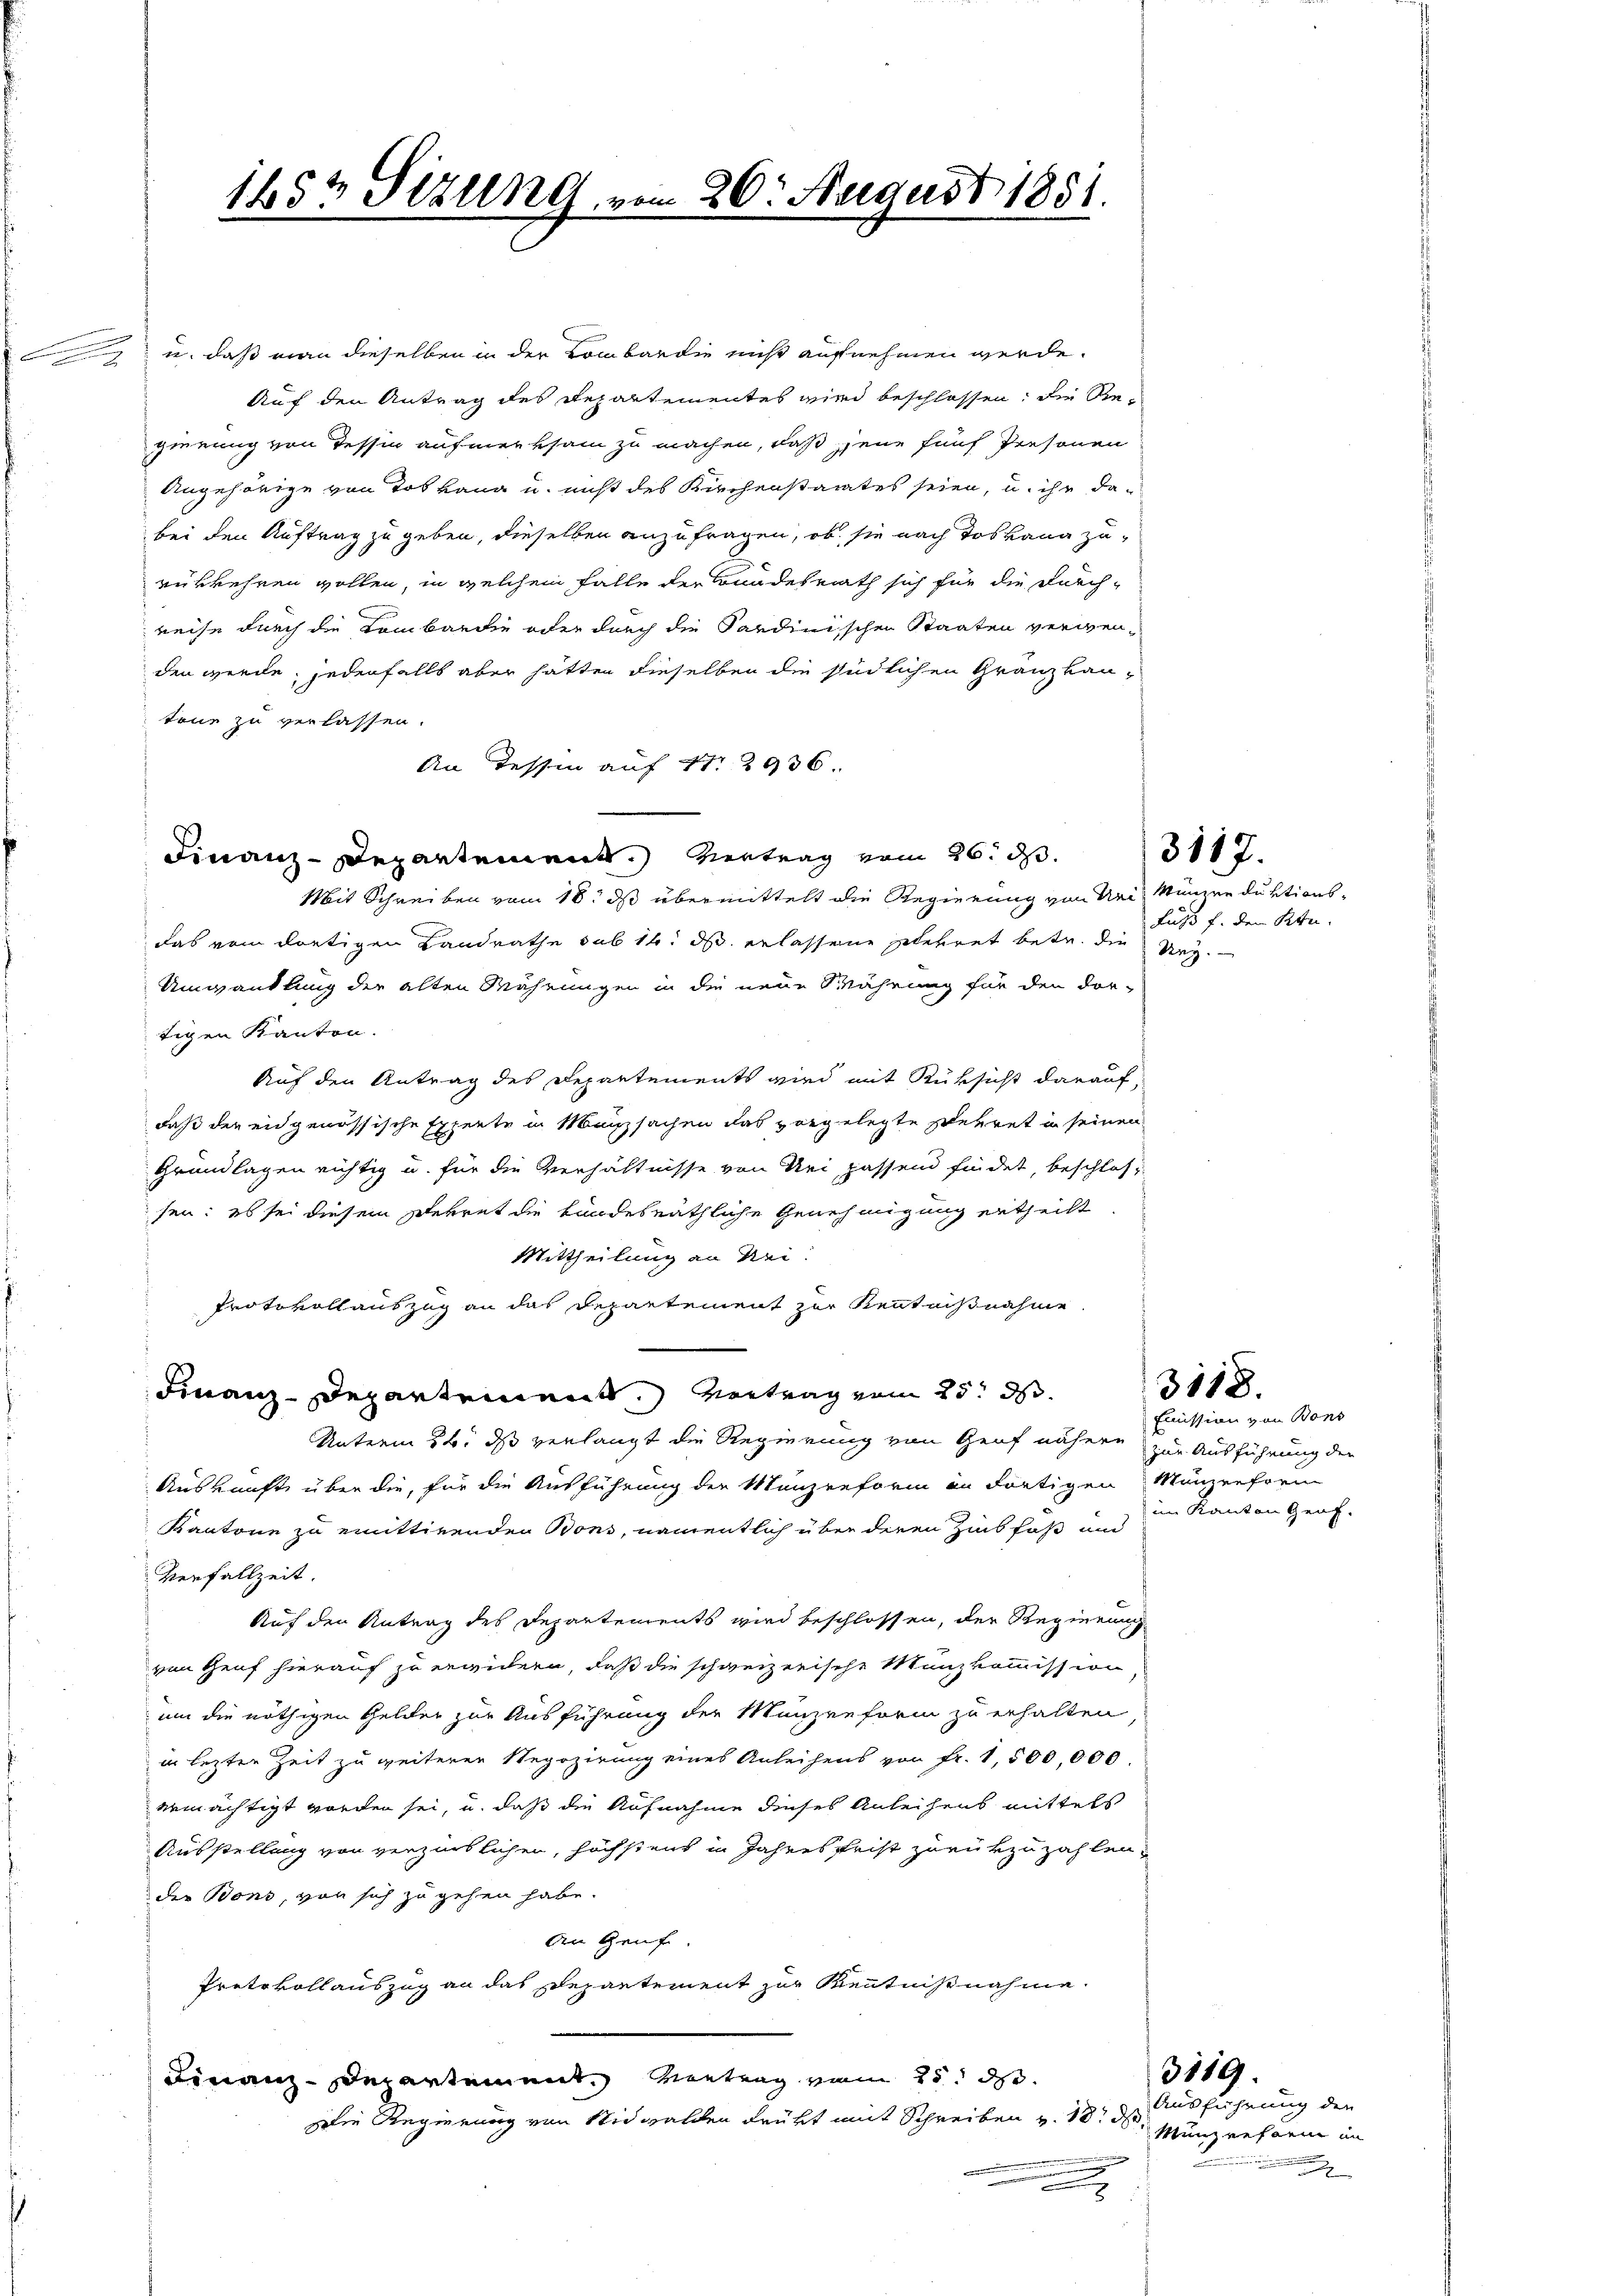
.

u. daß man dieselben in der Lombardie nicht aufnehmen werde.
Auf den Antrag des Repartementes wird beschlossen, die Regierung von Tessin aufmerksam zu machen, daß jene fünf Personen
Angehörige von Tob Lana u. nicht des Kirchenstaates seien, u. ihr dabei den Auftrag zu geben, dieselben anzufragen, ob sie nach das kann zuverkehren wollen, in welchem Falle der Bundesrath sich für die durchreise durch die Lombardie oder durch die Sardinischen Staaten verwenden werde; jedenfalls aber hätten dieselben die südlichen Gränz(...)¬
tone zu verlassen.
An Tessin auf 1. 2936.
Mit Schreiben vom 18. ds übermittelt die Regierung von Uri, Münzen duktionsdas vom dortigen Landrathe sub 14. ds erlassene gekret betr. die Reg
Umwandlung der alten Währungen in die neue Währung für den dor-
tigen Kanton.
Auf den Antrag des Departements wird mit Rüksicht darauf,
daß der eidgenössische Experte in Manzsachen das vorgelegte ehret in seinen
Grundlagen richtig u. für die Verhältnisse von Uri passend findet, beschlossen: es sei diesem Perret die kundesräthliche Genehmigung ertheilt
Mittheilung an Rei
Protokollauszug an das Departement zur Kenntnißnahme
Finanz-Departement. Vertrag vom 25. d.
Unterm 26. ds verlangt die Regierung von Genf nähere zur Ausführung der
Auskunft über die, für die Ausführung der Manzenform in dortigen Münzreform
Kantone zu emittirenden Bons, namentlich über deren Zinsfuß und
Verfallzeit.
Auf den Antrag des Departements wird beschlossen, der Regierung
von Genf hierauf zu erwidern, daß die schweizerische Münzkommission
um die nöthigen Gelder zur Ausführung der Münzenform zu erhalten
in lezter Zeit zu weiterer Regozirung eines Anleihens von Fr. 1,500,000.
ermächtigt worden sei, u. daß die Aufnahme dieses Anleihens mittels
Ausstellung von verzinslichen, höchstens in Jahresfrist zurükzuzahlen,
der Bons, von sich zu gehen habe.
An Genf.
Protokollauszug an das Departement zur Kenntnißnahme.
Finanz-Departement Vertrag vom 25. d.
Die Regierung von Nidwalden drükt mit Schreiben v. 18t d. Münzreform in
2

1452 Sizung e

Finanz-Departement.) Vertrag vom 26. d.

20. August 1881.

fuß f. den Stu

3117.

3118.

3119.

Eimission von Bons
im Kanton Graf.

Ausführung der
a